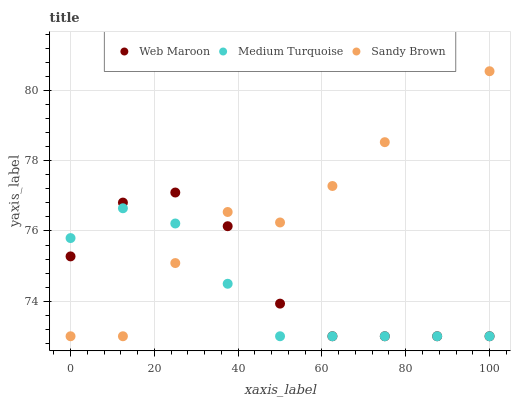
| xaxis_label | Web Maroon | Medium Turquoise | Sandy Brown |
 | --- | --- | --- | --- |
 | 0 | 75.3 | 75.8 | 73 |
 | 12.5 | 76.8 | 76.6 | 73 |
 | 25 | 77.1 | 76.2 | 75.1 |
 | 37.5 | 76.1 | 74.5 | 76.5 |
 | 50 | 73.9 | 73 | 76.2 |
 | 62.5 | 73 | 73 | 77.3 |
 | 75 | 73 | 73 | 78.5 |
 | 87.5 | 73 | 73 | 81.3 |
 | 100 | 73 | 73 | 80.6 |